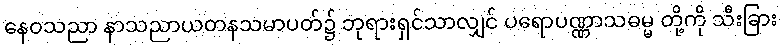
နေဝသညာ နာသညာယတနသမာပတ်၌ ဘုရားရှင်သာလျှင် ပရောပဏ္ဏာသဓမ္မ တို့ကို သီးခြား